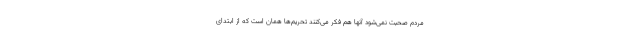
مردم صحبت نمی‌شود آنها هم فکر می‌کنند تحریم‌ها همان است که از ابتدای